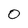
Character: 0